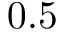
0 . 5